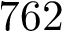
7 6 2